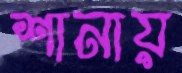
শানায়